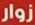
زوار